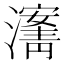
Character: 𰝡